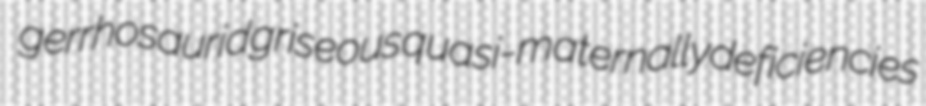
gerrhosaurid griseous quasi-maternally deficiencies